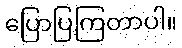
ပြောပြကြတာပါ။